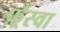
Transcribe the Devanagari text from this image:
फ़्रैंस्वा